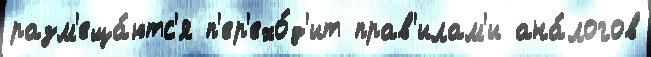
разм'еща́ютс'я п'ер'ехо́д'ит прав'илам'и ана́логов